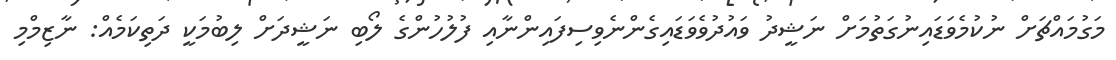
މަގުމައްޗަށް ނުކުމެވަޑައިނުގަތުމަށް ނަޝީދު ވައުދުވެވަޑައިގެންނެވިސިފައިންނާއި ފުލުހުންގެ ލޯބި ނަޝީދަށް ލިބުމަކީ ދަތިކަމެއް: ނާޒިމްމި